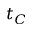
t _ { C }